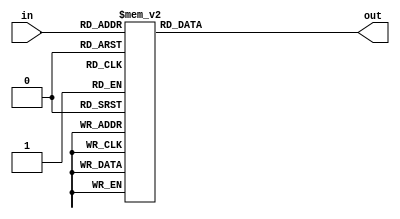
`timescale 1ns / 1ps
//////////////////////////////////////////////////////////////////////////////////
// Company: 
// Engineer: 
// 
// Design Name: 
// Module Name: Shift_Add3_algorithm
// Project Name: 
// Target Devices: 
// Tool Versions: 
// Description: 
// 
// Dependencies: 
// 
// Revision:
// Revision 0.01 - File Created
// Additional Comments:
// 
//////////////////////////////////////////////////////////////////////////////////


module Shift_Add3_algorithm(
    input [3:0] in, // four inputs
    output reg [3:0] out // four outputs
    );
    
    always @ (in)
    case (in)
    4'b0000: out<=4'b0000; //0
    4'b0001: out<=4'b0001; //1
    4'b0010: out<=4'b0010; //2
    4'b0011: out<=4'b0011; //3
    4'b0100: out<=4'b0000; //4
    4'b0101: out<=4'b1000; //5 Adding 3 
    4'b0110: out<=4'b1001; //6 Adding 3 if input >=5
    4'b0111: out<=4'b1010; //7 Adding 3 
    4'b1000: out<=4'b1011; //8 Adding 3 
    4'b1001: out<=4'b1100; //8 Adding 3 
    default: out<=4'b0000;
    endcase
    
    
    
endmodule